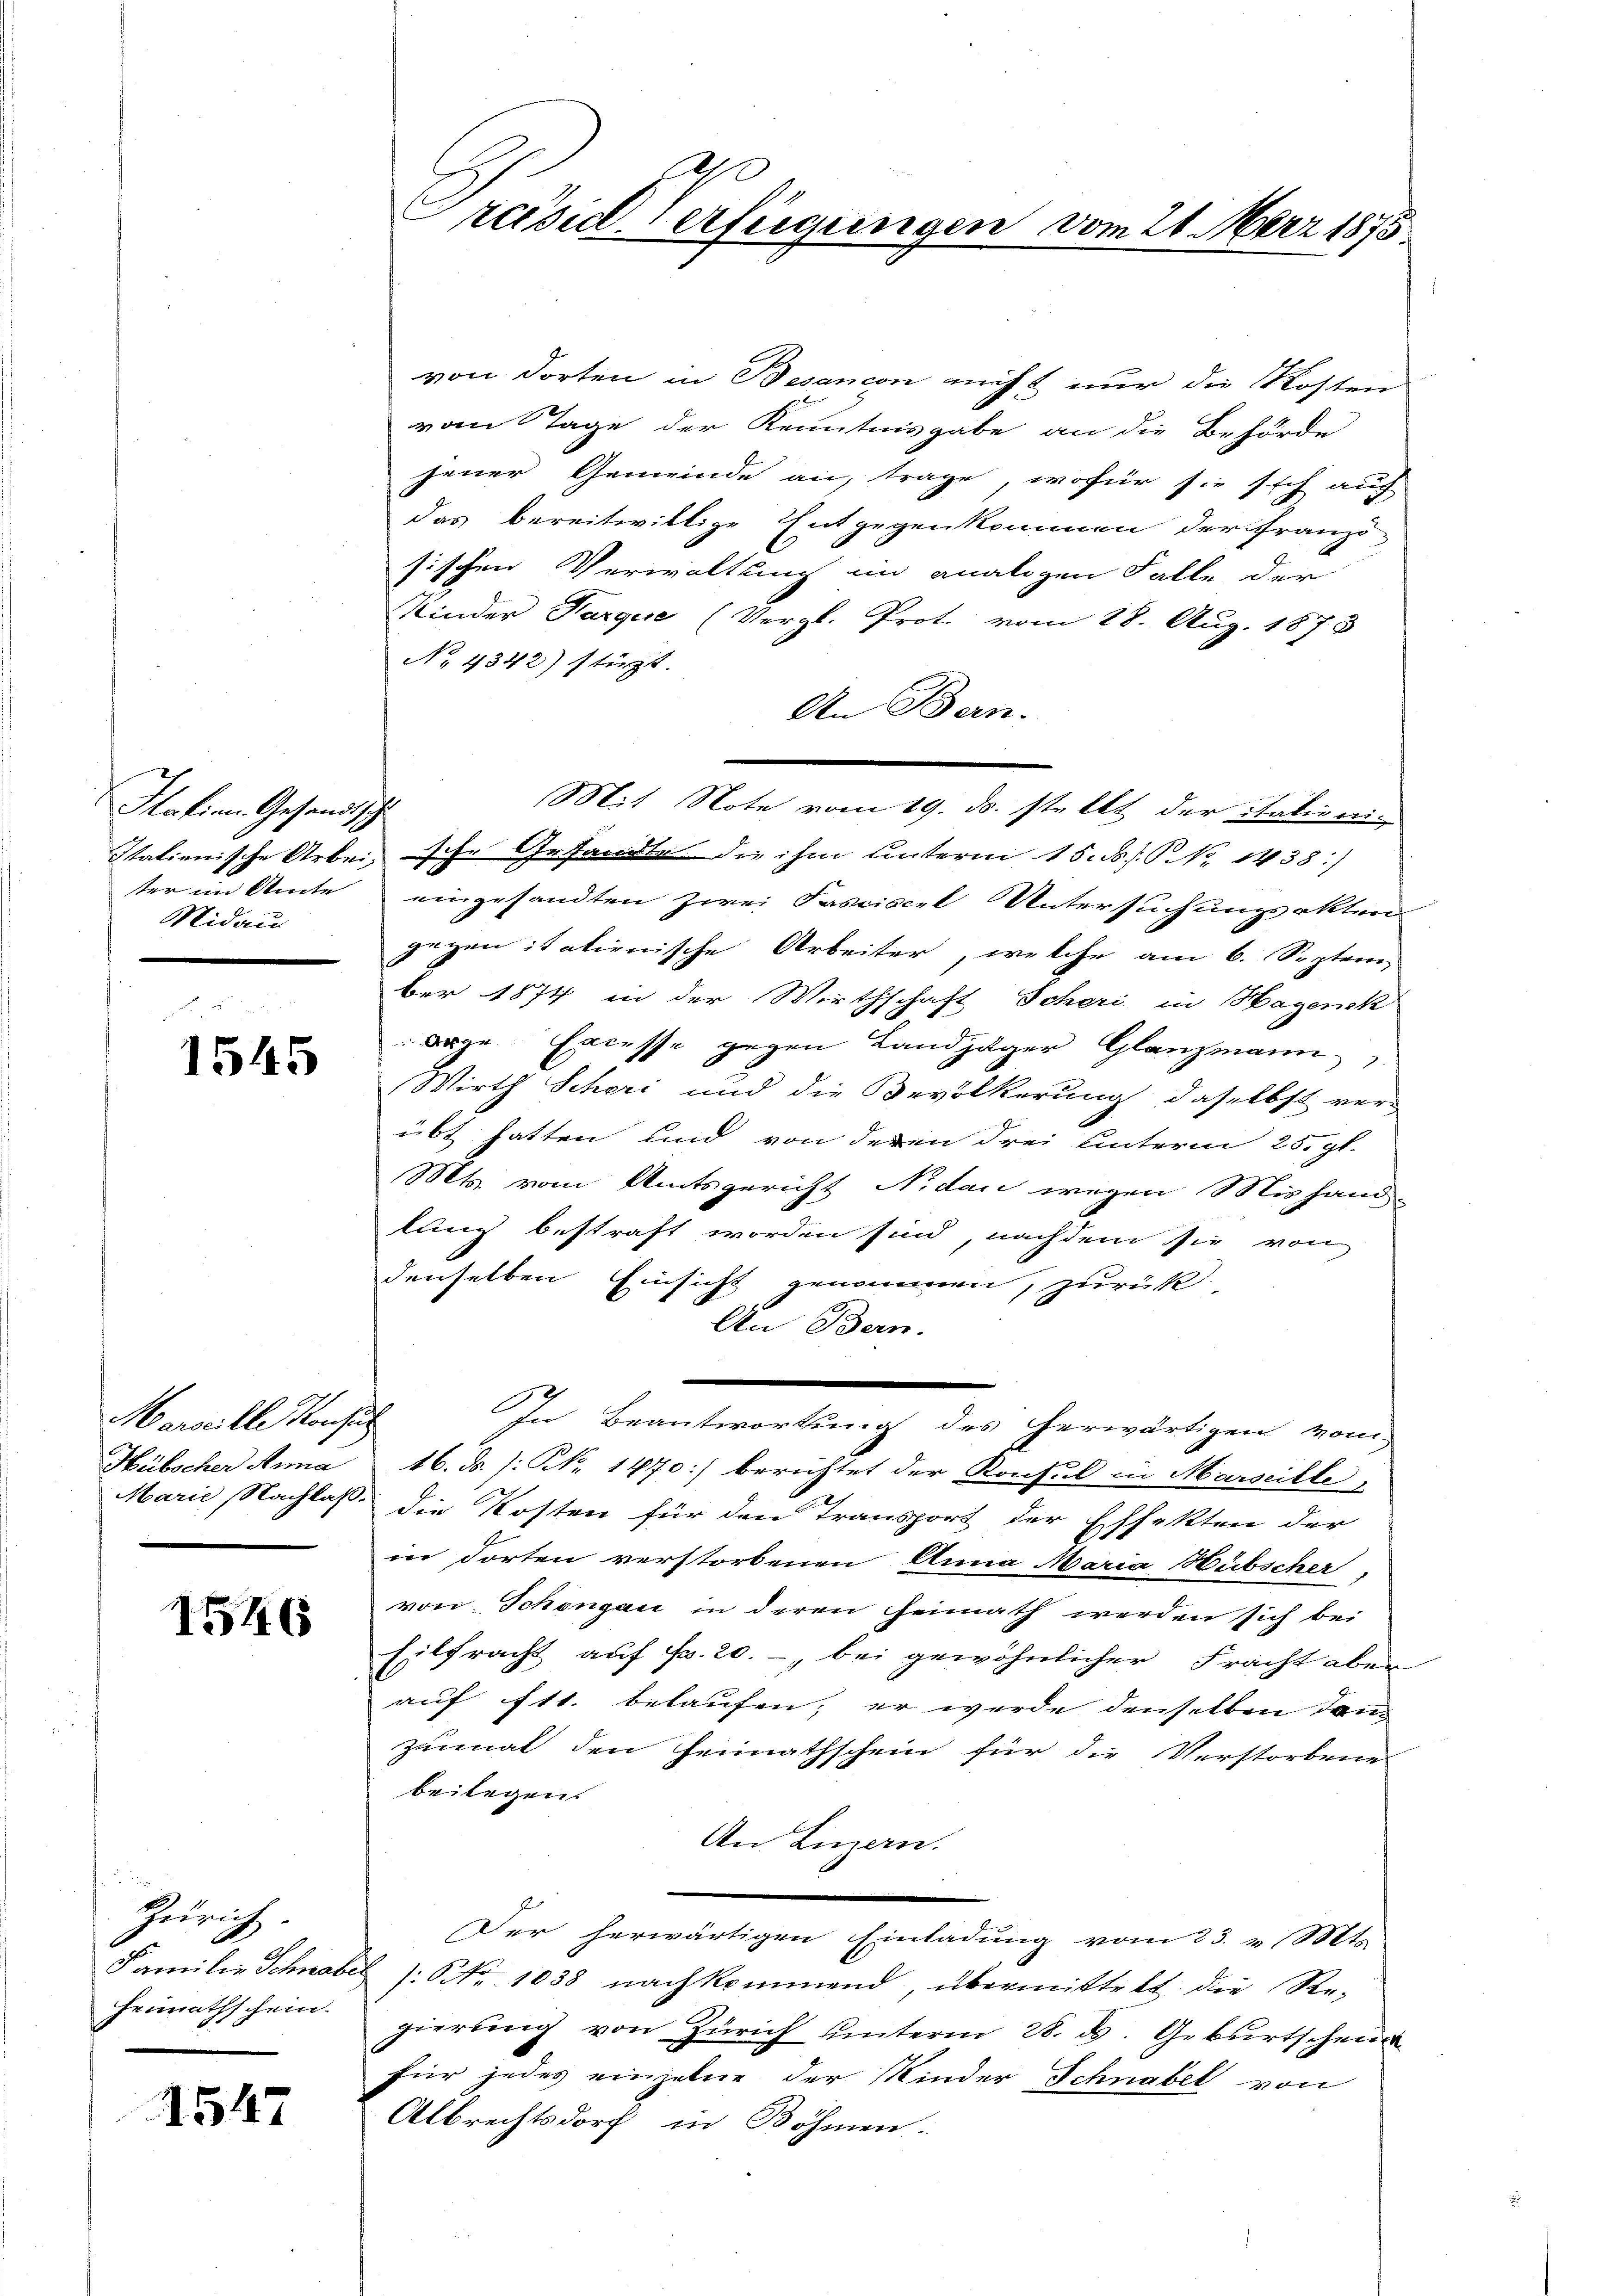
Italien Gesandtsch
ter im Amte
Midau
.

1545

Marzille Konsul
Hübscher Anna
Marie Nachlaß.

1546

Zürich
Familie Schnabe
Heimathschein.

1547

Präsid. Verfügungen vom 21. März 1875

von dorten in Besancon aucht nur die Kosten
vom Tage der Kenntnisgabe an die Behörde
jener Gemeinde an, trage, wofür sie sich auf
das bereitwillige Entgegenkommen der Franzö-
sischen Verwaltung im analogen Falle der
Kinder Karque (Vergl. Prot. vom 28. Aug. 1873
No. 4342) stürzt.
An Bern.
Mit Note vom 19. ds. stellt der italieni¬
Italienische Arbei, sche Gesandte die ihm unterm 15. d. P. No 1438)
eingesandten Zwei Fasciscel Untersuchungsakten
gegen italienische Arbeiter, welche am 6. Septem
ber 1874 in der Wirthschaft Scheri in Hagenek
dige Excesse gegen Landjäger Glanzmann,
Wirth Schori und die Bevölkerung, daselbst ver-
übt hatten und von deren drei unterm 25. gl.
Mts. vom Amtsgericht Nidau wegen Mishand-
lung bestraft worden sind, nachdem sie von
denselben Einsicht genommen, zurück
An Bern.
e
In Beantwortung des herwärtigen vom
16. d. J. N. 1470) berichtet der Konsul in Marseille,
die Kosten für den Transport der E.
ffekten der
in dorten verstorbenen Anna Maria Hübscher,
von Schengau in deren Heimath werden sich bei
Eilfracht auf Fr. 20.- bei gewöhnlicher Fracht aber
auf ftt. belaufen, er werde denselben dan
zumal den Heimathschein für die Verstorbene
beilegen.
An Luzern.
Der herwärtigen Einladung vom 23. v. Mts.
: No 1038 nachkommend, übermittelt die Re-
gierung von Zürich unterm 28. ds. Geburtschei
für jedes einzelne der Kinder Schnabel von
Albrechtsdorf in Böhmen.